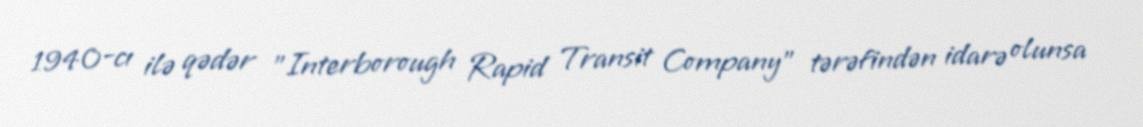
1940-cı ilə qədər "Interborough Rapid Transit Company" tərəfindən idarə olunsa